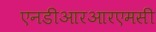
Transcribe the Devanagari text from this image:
एनडीआरआरएमसी